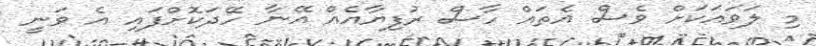
މި ލަވައަކަށް ވެސް އެތައް ހާސް ރުފިޔާއެއް އޭނާ ހޭދަކޮށްފައި އެ ވަނީ